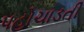
પહોચાડતી